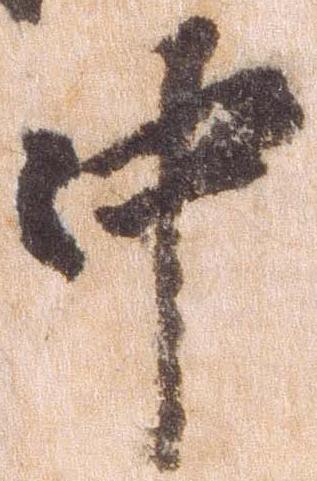
中